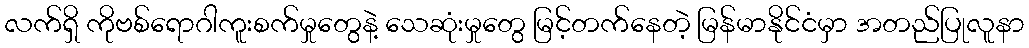
လက်ရှိ ကိုဗစ်ရောဂါကူးစက်မှုတွေနဲ့ သေဆုံးမှုတွေ မြင့်တက်နေတဲ့ မြန်မာနိုင်ငံမှာ အတည်ပြုလူနာ